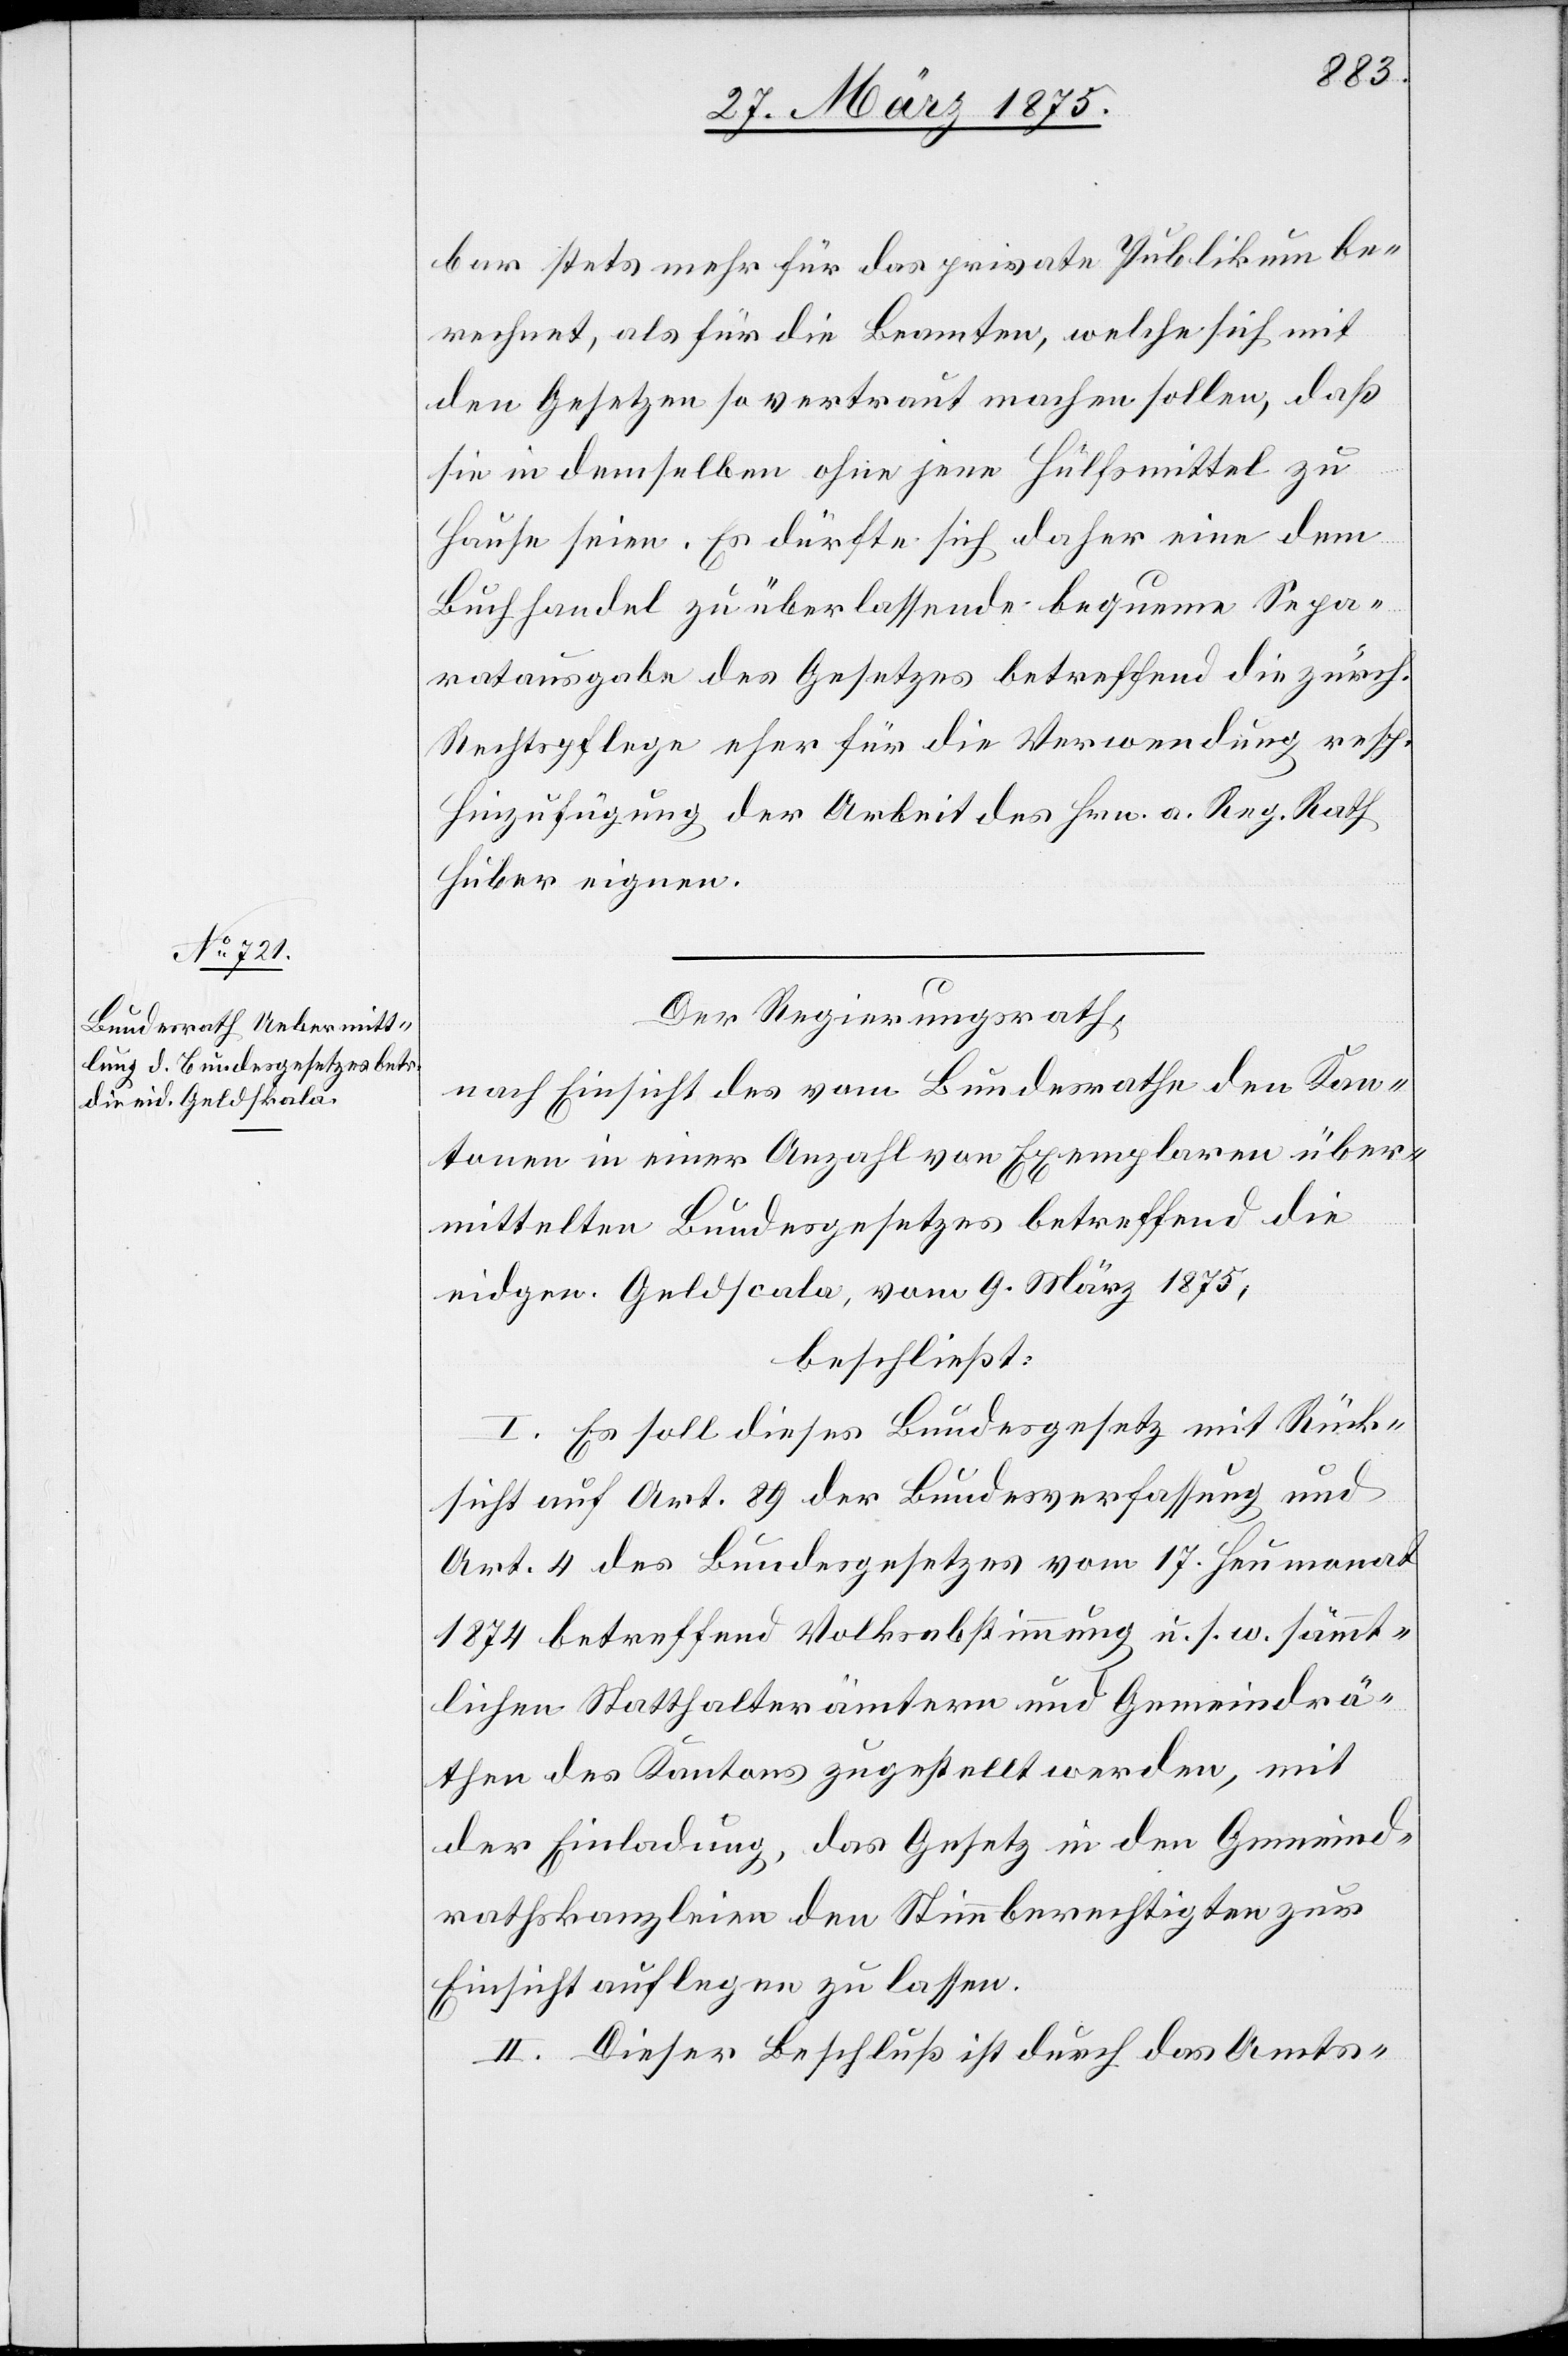
bar stets mehr für das private Publikum be¬
rechnet, als für die Beamten, welche sich mit
den Gesetzen so vertraut machen sollen, daß
sie in demselben ohne jene Hülfsmittel zu
Hause seien. Es dürfte sich daher eine dem
Buchhandel zu überlassende bequeme Sepa¬
ratausgabe des Gesetzes betreffend die zürch.
Rechtspflege eher für die Verwendung resp.
Hinzufügung der Arbeit des Hrn. a. Reg. Rath
Huber eignen.
Der Regierungsrath,
nach Einsicht des vom Bundesrathe den Kan¬
tonen in einer Anzahl von Exemplaren über¬
mittelten Bundesgesetzes betreffend die
eidgen. Geldscala, vom 9. März 1875,
beschließt:
I. Es soll dieses Bundesgesetz mit Rück¬
sicht auf Art. 89 der Bundesverfassung und
Art. 4 des Bundesgesetzes vom 17. Heumonat
1874 betreffend Volksabstimmung u. s. w. sämmt¬
lichen Statthalterämtern und Gemeindrä¬
then des Kantons zugestellt werden, mit
der Einladung, das Gesetz in den Gemeind¬
rathskanzleien den Stimmberechtigen zur
Einsicht auflegen zu lassen.
II. Dieser Beschluß ist durch das Amts-